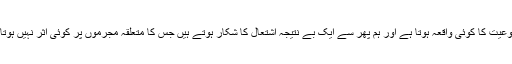
نتیجتاً کچھ عرصے بعد دوبارہ اس نوعیت کا کوئی واقعہ ہوتا ہے اور ہم پھر سے ایک بے نتیجہ اشتعال کا شکار ہوتے ہیں جس کا متعلقہ مجرموں پر کوئی اثر نہیں ہوتا، بلکہ بسا اوقات انہیں فائدہ ہوتا ہے۔